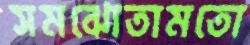
সমঝোতামতো